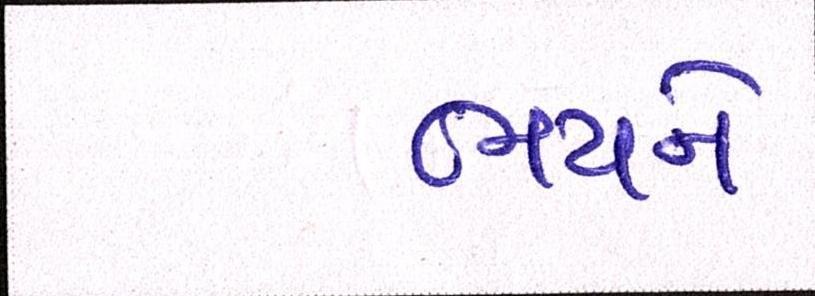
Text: ભયને